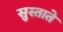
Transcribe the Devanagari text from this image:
सुस्ताते